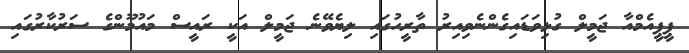
ޕީޕީއެމްއާ ޖަމީލް ގުޅިވަޑައިގެންނެވިއިރު ތާރީހުގައި ލިޔެވޭނެ ޖަމީލް އަކީ ރައީސް މައުމޫންގެ ސަރުކާރުގައި